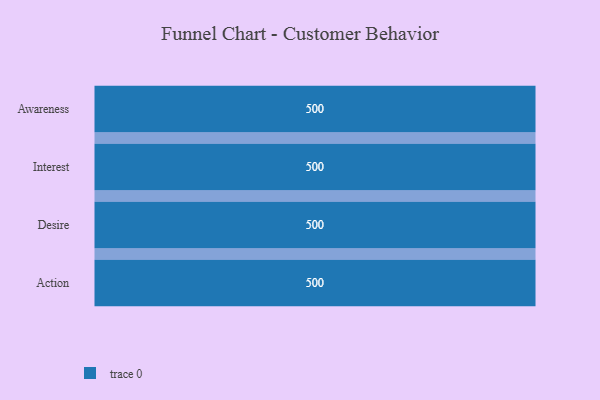
{"axis": {"x": "Stage", "y": "Value"}, "legend": [""], "data": [{"x": "Awareness", "y": 500, "type": ""}, {"x": "Interest", "y": 500, "type": ""}, {"x": "Desire", "y": 500, "type": ""}, {"x": "Action", "y": 500, "type": ""}]}